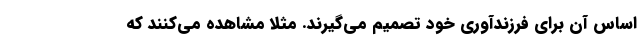
اساس آن برای فرزندآوری خود تصمیم می‌گیرند. مثلاً مشاهده می‌کنند که